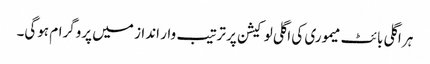
ہر اگلی بائٹ میموری کی اگلی لوکیشن پر ترتیب وار انداز میں پروگرام ہوگی۔